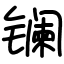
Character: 镧